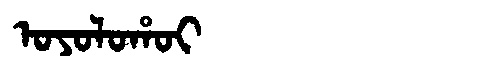
Manchu: ᠣᠶᠣᠯᠣᡥᠣᡳ
Romanization: OYOLOHOI